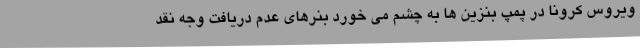
ویروس کرونا در پمپ بنزین ها به چشم می خورد بنرهای عدم دریافت وجه نقد